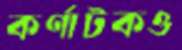
কর্ণাটকও